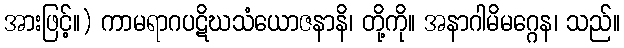
အားဖြင့်။) ကာမရာဂပဋိဃသံယောဇနာနိ၊ တို့ကို။ အနာဂါမိမဂ္ဂေန၊ သည်။